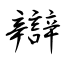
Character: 辯